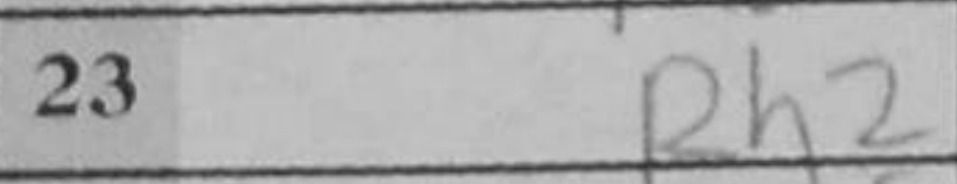
Transcription: Rh2